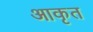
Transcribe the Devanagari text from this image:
आकृत